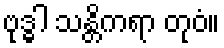
ဗုဒ္ဓါ သန္တိကရာ တုဝံ။